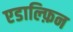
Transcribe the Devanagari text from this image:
एडाल्फ़िन